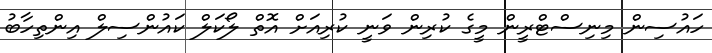
ހައުސިން މިނިސްޓްރީން މީގެ ކުރިން ވަނީ ކުރިއަށް އޮތް ލޯކަލް ކައުންސިލް އިންތިހާބު